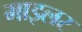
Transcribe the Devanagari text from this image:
माइलर